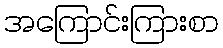
အကြောင်းကြားစာ